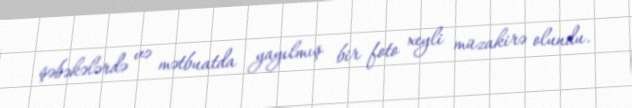
şəbəkələrdə və mətbuatda yayılmış bir foto xeyli müzakirə olundu.